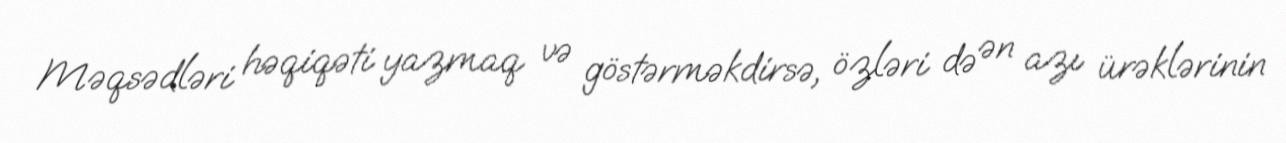
Məqsədləri həqiqəti yazmaq və göstərməkdirsə, özləri də ən azı ürəklərinin